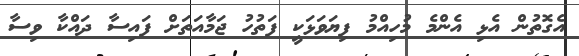
އެގޮތުން އެޅި އެންމެ މުހިއްމު ފިޔަވަޅަކީ ފަތުހު ޖަމާއަތަށް ފައިސާ ދައްކާ ވިސާ